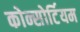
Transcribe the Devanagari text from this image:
कोन्सोर्टियम